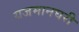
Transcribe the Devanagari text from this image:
यजमानघरी